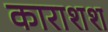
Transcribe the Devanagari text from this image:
काराशश